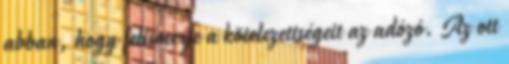
abban, hogy felismerje a kötelezettségeit az adózó. Az ott